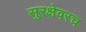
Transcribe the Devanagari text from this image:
सुरक्षेवरच